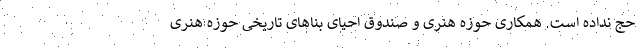
حج نداده است. همکاری حوزه هنری و صندوق احیای بناهای تاریخی حوزه هنری